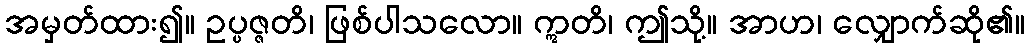
အမှတ်ထား၍။ ဥပ္ပဇ္ဇတိ၊ ဖြစ်ပါသလော။ ဣတိ၊ ဤသို့။ အာဟ၊ လျှောက်ဆို၏။